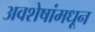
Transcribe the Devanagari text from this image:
अवशेषांमधून